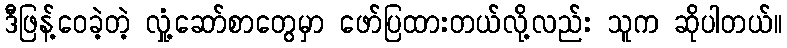
ဒီဖြန့်ဝေခဲ့တဲ့ လှုံ့ဆော်စာတွေမှာ ဖော်ပြထားတယ်လို့လည်း သူက ဆိုပါတယ်။